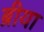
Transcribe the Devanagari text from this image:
ब्रीया